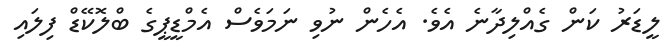
ލީޑަރު ކަން ގެއްލިދާނެ އެވެ. އެހެން ނުވި ނަމަވެސް އެމްޑީޕީގެ ބްލޮކޭޑް ފިލައި